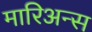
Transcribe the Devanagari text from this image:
मारिअन्स